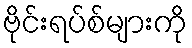
ဗိုင်းရပ်စ်များကို